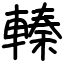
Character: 轃